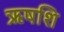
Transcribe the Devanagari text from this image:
ऋषशि